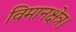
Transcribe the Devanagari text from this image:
विमानक्षेत्र।